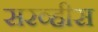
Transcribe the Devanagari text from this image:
सरव्हीस